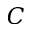
C